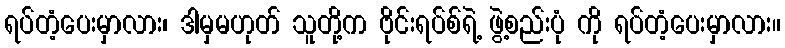
ရပ်တံ့ပေးမှာလား၊ ဒါမှမဟုတ် သူတို့က ဗိုင်းရပ်စ်ရဲ့ ဖွဲ့စည်းပုံ ကို ရပ်တံ့ပေးမှာလား။